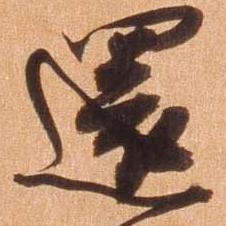
環